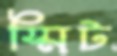
স্মিট